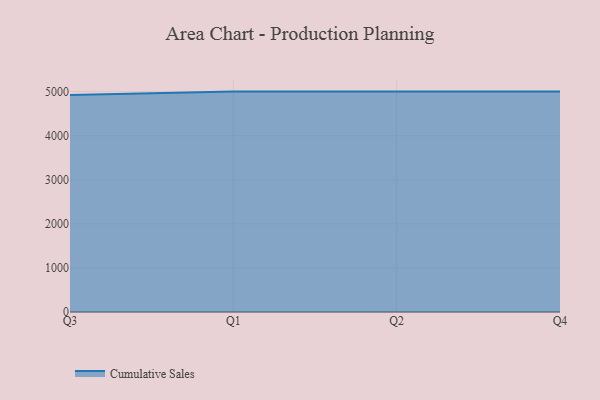
{"axis": {"x": "Quarter", "y": "Customer Acquisition Cost (USD)"}, "legend": ["Cumulative Sales"], "data": [{"x": "Q3", "y": 4921.7, "type": "Cumulative Sales"}, {"x": "Q1", "y": 5000, "type": "Cumulative Sales"}, {"x": "Q2", "y": 5000, "type": "Cumulative Sales"}, {"x": "Q4", "y": 5000, "type": "Cumulative Sales"}]}